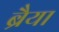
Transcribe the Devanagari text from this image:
ब्रैया